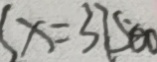
( x = 3 7 5 0 0